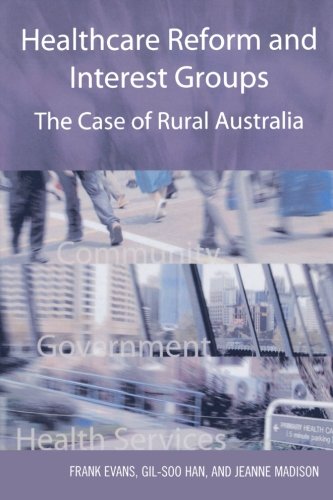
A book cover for Healthcare Reform and Interest Groups: Catalysts and Barriers in Rural Australia; Frank Evans; Medical Books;